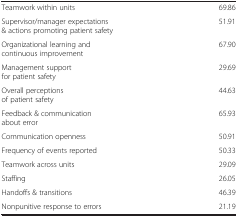
|  |  |
 | --- | --- |
 | Teamwork within units | 69.86 |
 | Supervisor/manager expectations & actions promoting patient safety | 51.91 |
 | Organizational learning and continuous improvement | 67.90 |
 | Management support for patient safety | 29.69 |
 | Overall perceptions of patient safety | 44.63 |
 | Feedback & communication about error | 65.93 |
 | Communication openness | 50.91 |
 | Frequency of events reported | 50.33 |
 | Teamwork across units | 29.09 |
 | Staffing | 26.05 |
 | Handoffs & transitions | 46.39 |
 | Nonpunitive response to errors | 21.19 |